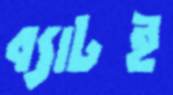
ব্যাটই